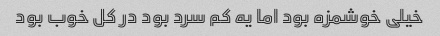
خیلی خوشمزه بود اما یه کم سرد بود در کل خوب بود